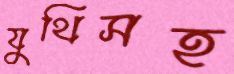
যুথিসহ